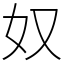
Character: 奴